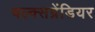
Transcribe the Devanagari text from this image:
वल्क्सग्रेंडियर